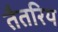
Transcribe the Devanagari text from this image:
तैतरिय